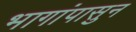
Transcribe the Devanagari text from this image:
भागांपासुन